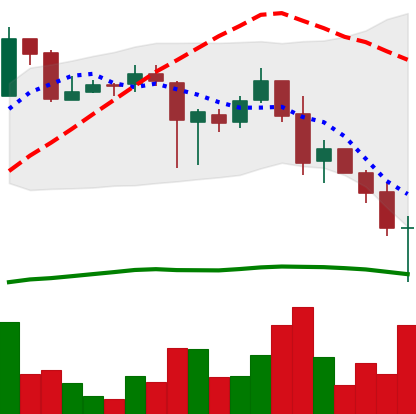
Ticker: XRP-USD
Chart end date: 2018-11-25
Forward return: -3.23%
Label: down_3_5